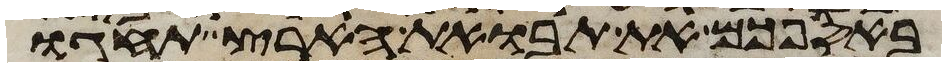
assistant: באספכם את תבואת הארץ תחגו